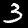
Digit: 3